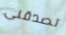
تصدقنى